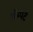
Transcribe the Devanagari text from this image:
लॅम्पर्ट